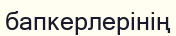
бапкерлерінің